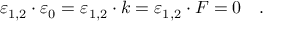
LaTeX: \varepsilon _ { 1 , 2 } \cdot \varepsilon _ { 0 } = \varepsilon _ { 1 , 2 } \cdot k = \varepsilon _ { 1 , 2 } \cdot F = 0 \quad .